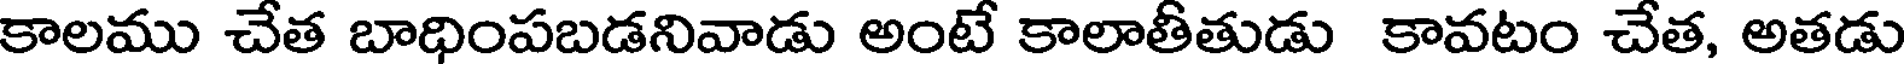
కాలము చేత బాధింపబడనివాడు అంటే కాలాతీతుడు కావటం చేత, అతడు